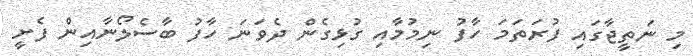
މި ނަތީޖާގައި ފުރަތަމަ ހާފު ނިމުމާއި ގުޅިގެން ދެވަނަ ހާފު ބާސެލޯނާއިން ފެށީ